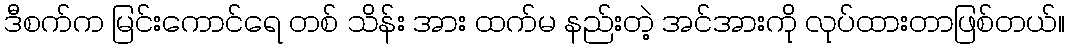
ဒီစက်က မြင်းကောင်ရေ တစ် သိန်း အား ထက်မ နည်းတဲ့ အင်အားကို လုပ်ထားတာဖြစ်တယ်။